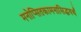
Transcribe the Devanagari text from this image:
मनोप्सितकामनासिद्धयर्थं